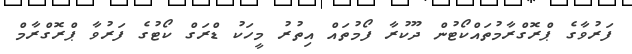
ފަރުވާގެ ޕްރޮގްރާމުތައްކޯޓުން ދޫކުރާ ފޯމުތައް އިތުރު މީހަކު ޑްރަގް ކޯޓުގެ ފަރުވާ ޕްރޮގްރާމް